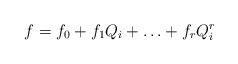
LaTeX: \begin{align*}f=f_0+f_1Q_i+\ldots+f_rQ_i^r\end{align*}